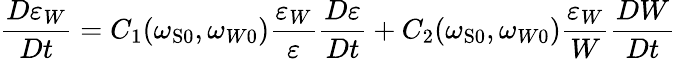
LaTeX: \frac{D\varepsilon_{W}}{Dt}=C_{1}(\omega_{\mathrm{{S}0}},\omega_{W0})\frac{\varepsilon_{W}}{\varepsilon}\frac{D\varepsilon}{Dt}+C_{2}(\omega_{\mathrm{{S}0}},\omega_{W0})\frac{\varepsilon_{W}}{W}\frac{DW}{Dt}